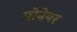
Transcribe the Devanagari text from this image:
मोनेयर